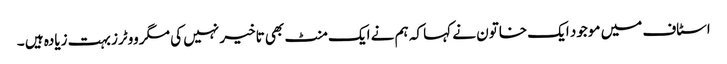
اسٹاف میں موجود ایک خاتون نے کہا کہ ہم نے ایک منٹ بھی تاخیر نہیں کی مگر ووٹرز بہت زیادہ ہیں ۔